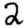
Digit: 2